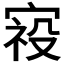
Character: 𰍈